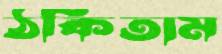
ঠকিতাম